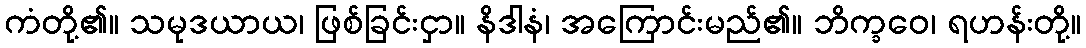
ကံတို့၏။ သမုဒယာယ၊ ဖြစ်ခြင်းငှာ။ နိဒါနံ၊ အကြောင်းမည်၏။ ဘိက္ခဝေ၊ ရဟန်းတို့။